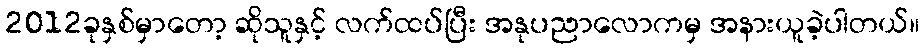
2012ခုနှစ်မှာတော့ ဆိုသူနှင့် လက်ထပ်ပြီး အနုပညာလောကမှ အနားယူခဲ့ပါတယ်။